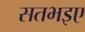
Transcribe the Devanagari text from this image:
सतभइए